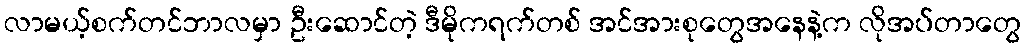
လာမယ့်စက်တင်ဘာလမှာ ဦးဆောင်တဲ့ ဒီမိုကရက်တစ် အင်အားစုတွေအနေနဲ့က လိုအပ်တာတွေ